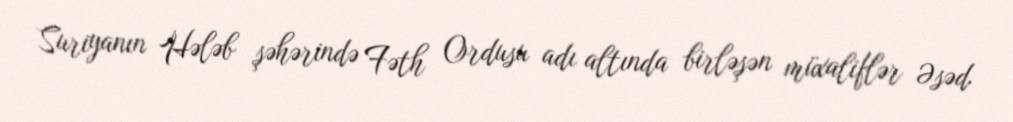
Suriyanın Hələb şəhərində Fəth Ordusu adı altında birləşən müxaliflər Əsəd